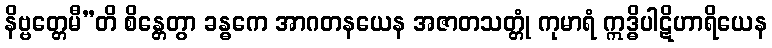
နိဗ္ဗတ္တေမီ”တိ စိန္တေတွာ ခန္ဓကေ အာဂတနယေန အဇာတသတ္တုံ ကုမာရံ ဣဒ္ဓိပါဋိဟာရိယေန